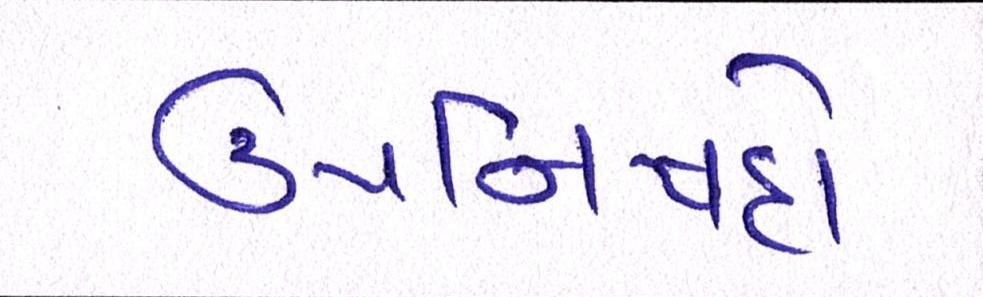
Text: ઉપનિષદો